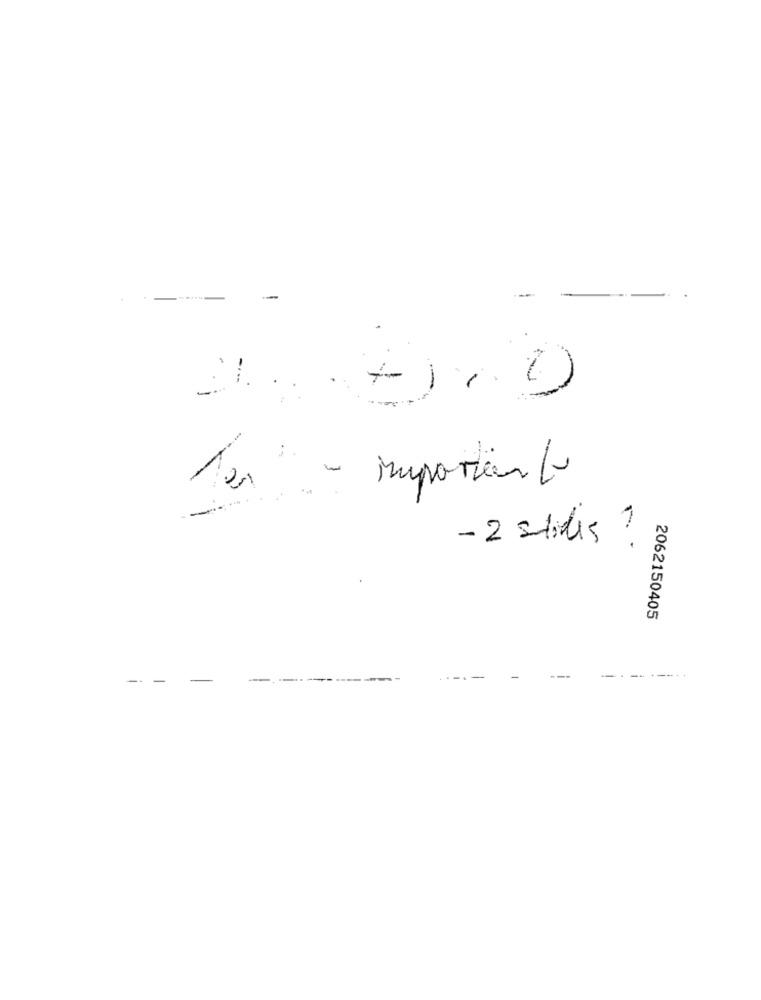
---
10
31.
Ten : - important
- 2 stiles ?
2062150405
-.